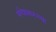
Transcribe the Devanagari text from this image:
मंगेशकरच्या